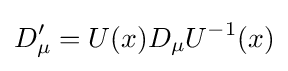
D'_{\mu }=U(x)D_{\mu }U^{-1}(x)